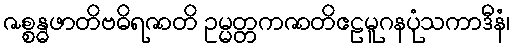
ဇစ္စန္ဓဖာတိဗဓိရဇာတိ ဥမ္မတ္တကဇာတိဧဠမူဂနပုံသကာဒီနံ၊